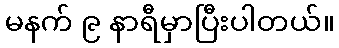
မနက် ၉ နာရီမှာပြီးပါတယ်။